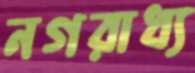
নগরাধ্য